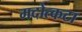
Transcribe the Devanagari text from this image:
मदोत्कटा